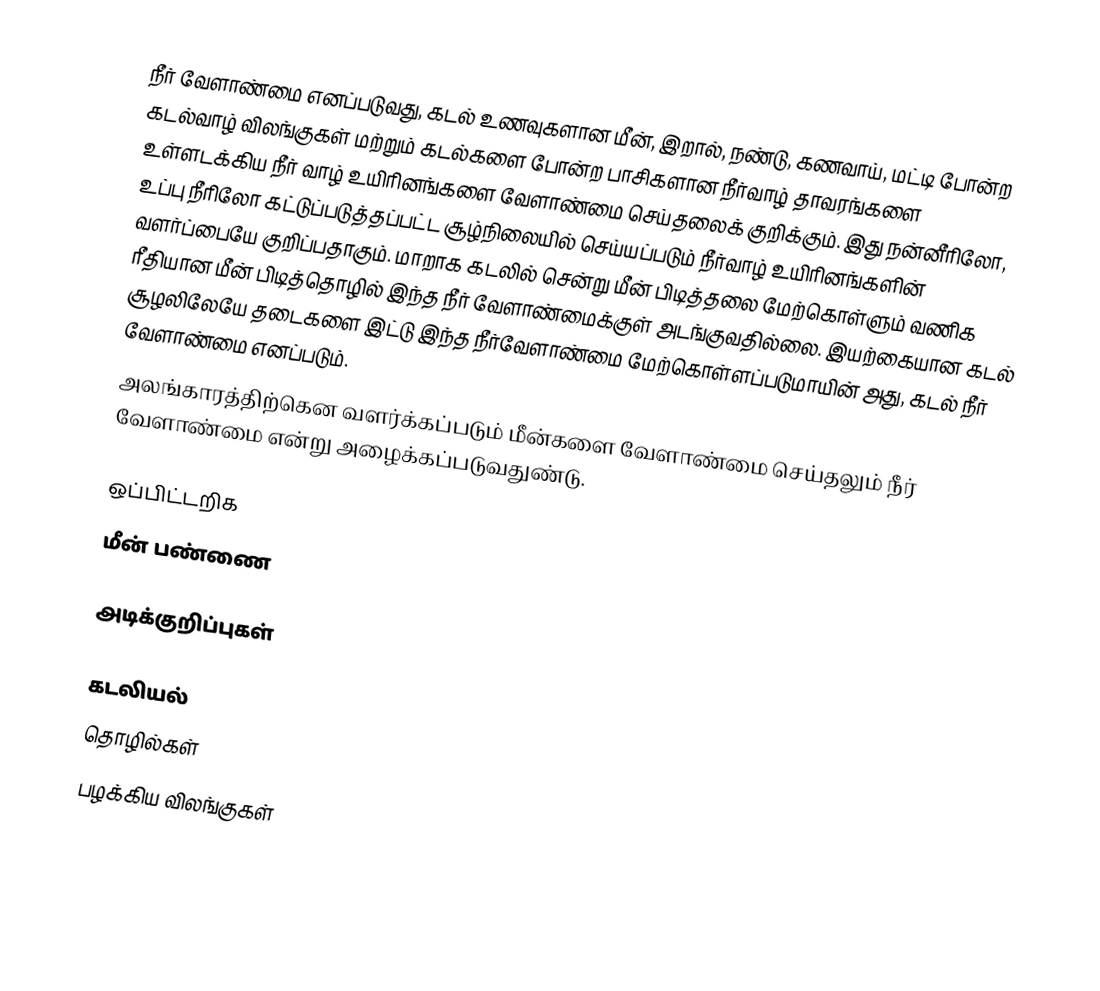
நீர் வேளாண்மை எனப்படுவது, கடல் உணவுகளான மீன், இறால், நண்டு, கணவாய், மட்டி போன்ற கடல்வாழ் விலங்குகள் மற்றும் கடல்களை போன்ற பாசிகளான நீர்வாழ் தாவரங்களை உள்ளடக்கிய நீர் வாழ் உயிரினங்களை வேளாண்மை செய்தலைக் குறிக்கும். இது நன்னீரிலோ, உப்பு நீரிலோ கட்டுப்படுத்தப்பட்ட சூழ்நிலையில் செய்யப்படும் நீர்வாழ் உயிரினங்களின் வளர்ப்பையே குறிப்பதாகும். மாறாக கடலில் சென்று மீன் பிடித்தலை மேற்கொள்ளும் வணிக ரீதியான மீன் பிடித்தொழில் இந்த நீர் வேளாண்மைக்குள் அடங்குவதில்லை. இயற்கையான கடல் சூழலிலேயே தடைகளை இட்டு இந்த நீர்வேளாண்மை மேற்கொள்ளப்படுமாயின் அது, கடல் நீர் வேளாண்மை எனப்படும்.
அலங்காரத்திற்கென வளர்க்கப்படும் மீன்களை வேளாண்மை செய்தலும் நீர் வேளாண்மை என்று அழைக்கப்படுவதுண்டு.

ஒப்பிட்டறிக
மீன் பண்ணை

அடிக்குறிப்புகள்

கடலியல்
தொழில்கள்
பழக்கிய விலங்குகள்